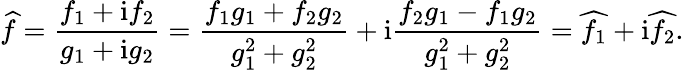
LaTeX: \widehat{f}=\frac{f_{1}+\mathrm{i}f_{2}}{g_{1}+\mathrm{i}g_{2}}=\frac{f_{1}g_{1}+f_{2}g_{2}}{g_{1}^{2}+g_{2}^{2}}+\mathrm{i}\frac{f_{2}g_{1}-f_{1}g_{2}}{g_{1}^{2}+g_{2}^{2}}=\widehat{f_{1}}+\mathrm{i}\widehat{f_{2}}.